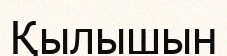
Қылышын